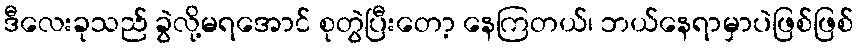
ဒီလေးခုသည် ခွဲလို့မရအောင် စုတွဲပြီးတော့ နေကြတယ်၊ ဘယ်နေရာမှာပဲဖြစ်ဖြစ်